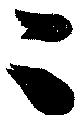
二